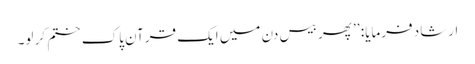
ارشاد فرمایا: ’’ پھر بیس دن میں ایک قرآنِ پاک ختم کر لو۔